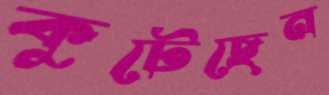
কুটেছেন